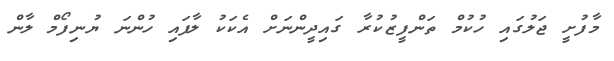
މާފުށީ ޖަލުގައި ހުކުމް ތަންފީޒުކުރާ ގައިދީންނަށް އެކަކު ލާފައި ހުންނަ ޔުނިފޯމް ލާން